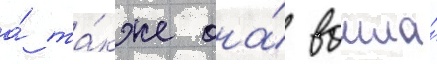
а́ та́кже она́ вошла́